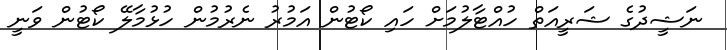
ނަޝީދުގެ ޝަރީއަތް ހުއްޓާލުމަށް ހައި ކޯޓުން އަމުރު ނެރުމުން ހުޅުމާލޭ ކޯޓުން ވަނީ